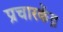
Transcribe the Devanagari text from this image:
प्रचारकेंद्र